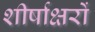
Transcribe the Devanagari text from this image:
शीर्षाक्षरों